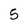
Character: 5